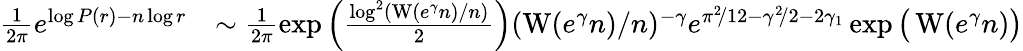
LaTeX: \begin{array}{rl}{\frac{1}{2\pi}e^{\log P(r)-n\log r}}&{\sim\frac{1}{2\pi}\exp\left(\frac{\log^{2}(\operatorname{W}(e^{\gamma}n)/n)}{2}\right)(\operatorname{W}(e^{\gamma}n)/n)^{-\gamma}e^{\pi^{2}\! /12-\gamma^{2}\! /2-2\gamma_{1}}\exp\big(\operatorname{W}(e^{\gamma}n)\big)}\end{array}